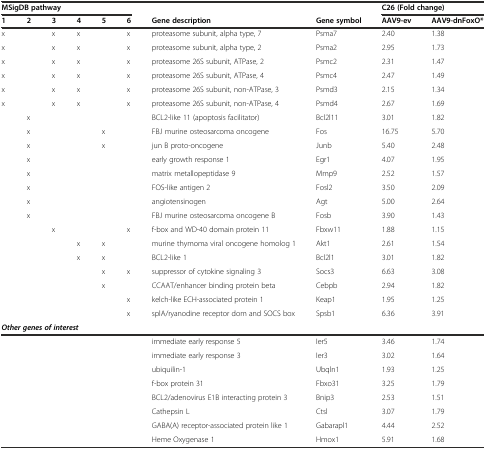
<table><thead><tr><td colspan="6"><b>MSigDB pathway</b></td><td></td><td></td><td colspan="2"><b>C26 (Fold change)</b></td></tr><tr><td><b>1</b></td><td><b>2</b></td><td><b>3</b></td><td><b>4</b></td><td><b>5</b></td><td><b>6</b></td><td><b>Gene description</b></td><td><b>Gene symbol</b></td><td><b>AAV9-ev</b></td><td><b>AAV9-dnFoxO*</b></td></tr></thead><tbody><tr><td>x</td><td></td><td>x</td><td>x</td><td></td><td>x</td><td>proteasome subunit, alpha type, 7</td><td>Psma7</td><td>2.40</td><td>1.38</td></tr><tr><td>x</td><td></td><td>x</td><td>x</td><td></td><td>x</td><td>proteasome subunit, alpha type, 2</td><td>Psma2</td><td>2.95</td><td>1.73</td></tr><tr><td>x</td><td></td><td>x</td><td>x</td><td></td><td>x</td><td>proteasome 26S subunit, ATPase, 2</td><td>Psmc2</td><td>2.31</td><td>1.47</td></tr><tr><td>x</td><td></td><td>x</td><td>x</td><td></td><td>x</td><td>proteasome 26S subunit, ATPase, 4</td><td>Psmc4</td><td>2.47</td><td>1.49</td></tr><tr><td>x</td><td></td><td>x</td><td>x</td><td></td><td>x</td><td>proteasome 26S subunit, non-ATPase, 3</td><td>Psmd3</td><td>2.15</td><td>1.34</td></tr><tr><td>x</td><td></td><td>x</td><td>x</td><td></td><td>x</td><td>proteasome 26S subunit, non-ATPase, 4</td><td>Psmd4</td><td>2.67</td><td>1.69</td></tr><tr><td></td><td>x</td><td></td><td></td><td></td><td></td><td>BCL2-like 11 (apoptosis facilitator)</td><td>Bcl2l11</td><td>3.01</td><td>1.82</td></tr><tr><td></td><td>x</td><td></td><td></td><td>x</td><td></td><td>FBJ murine osteosarcoma oncogene</td><td>Fos</td><td>16.75</td><td>5.70</td></tr><tr><td></td><td>x</td><td></td><td></td><td>x</td><td></td><td>jun B proto-oncogene</td><td>Junb</td><td>5.40</td><td>2.48</td></tr><tr><td></td><td>x</td><td></td><td></td><td></td><td></td><td>early growth response 1</td><td>Egr1</td><td>4.07</td><td>1.95</td></tr><tr><td></td><td>x</td><td></td><td></td><td></td><td></td><td>matrix metallopeptidase 9</td><td>Mmp9</td><td>2.52</td><td>1.57</td></tr><tr><td></td><td>x</td><td></td><td></td><td></td><td></td><td>FOS-like antigen 2</td><td>Fosl2</td><td>3.50</td><td>2.09</td></tr><tr><td></td><td>x</td><td></td><td></td><td></td><td></td><td>angiotensinogen</td><td>Agt</td><td>5.00</td><td>2.64</td></tr><tr><td></td><td>x</td><td></td><td></td><td></td><td></td><td>FBJ murine osteosarcoma oncogene B</td><td>Fosb</td><td>3.90</td><td>1.43</td></tr><tr><td></td><td></td><td>x</td><td></td><td></td><td>x</td><td>f-box and WD-40 domain protein 11</td><td>Fbxw11</td><td>1.88</td><td>1.15</td></tr><tr><td></td><td></td><td></td><td>x</td><td>x</td><td></td><td>murine thymoma viral oncogene homolog 1</td><td>Akt1</td><td>2.61</td><td>1.54</td></tr><tr><td></td><td></td><td></td><td>x</td><td>x</td><td></td><td>BCL2-like 1</td><td>Bcl2l1</td><td>3.01</td><td>1.82</td></tr><tr><td></td><td></td><td></td><td></td><td>x</td><td>x</td><td>suppressor of cytokine signaling 3</td><td>Socs3</td><td>6.63</td><td>3.08</td></tr><tr><td></td><td></td><td></td><td></td><td>x</td><td></td><td>CCAAT/enhancer binding protein beta</td><td>Cebpb</td><td>2.94</td><td>1.82</td></tr><tr><td></td><td></td><td></td><td></td><td></td><td>x</td><td>kelch-like ECH-associated protein 1</td><td>Keap1</td><td>1.95</td><td>1.25</td></tr><tr><td></td><td></td><td></td><td></td><td></td><td>x</td><td>splA/ryanodine receptor dom and SOCS box</td><td>Spsb1</td><td>6.36</td><td>3.91</td></tr><tr><td colspan="7"><b><i>Other genes of interest</i></b></td><td></td><td></td><td></td></tr><tr><td></td><td></td><td></td><td></td><td></td><td></td><td>immediate early response 5</td><td>Ier5</td><td>3.46</td><td>1.74</td></tr><tr><td></td><td></td><td></td><td></td><td></td><td></td><td>immediate early response 3</td><td>Ier3</td><td>3.02</td><td>1.64</td></tr><tr><td></td><td></td><td></td><td></td><td></td><td></td><td>ubiquilin-1</td><td>Ubqln1</td><td>1.93</td><td>1.25</td></tr><tr><td></td><td></td><td></td><td></td><td></td><td></td><td>f-box protein 31</td><td>Fbxo31</td><td>3.25</td><td>1.79</td></tr><tr><td></td><td></td><td></td><td></td><td></td><td></td><td>BCL2/adenovirus E1B interacting protein 3</td><td>Bnip3</td><td>2.53</td><td>1.51</td></tr><tr><td></td><td></td><td></td><td></td><td></td><td></td><td>Cathepsin L</td><td>Ctsl</td><td>3.07</td><td>1.79</td></tr><tr><td></td><td></td><td></td><td></td><td></td><td></td><td>GABA(A) receptor-associated protein like 1</td><td>Gabarapl1</td><td>4.44</td><td>2.52</td></tr><tr><td></td><td></td><td></td><td></td><td></td><td></td><td>Heme Oxygenase 1</td><td>Hmox1</td><td>5.91</td><td>1.68</td></tr></tbody></table>